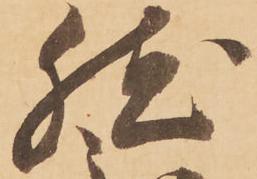
然